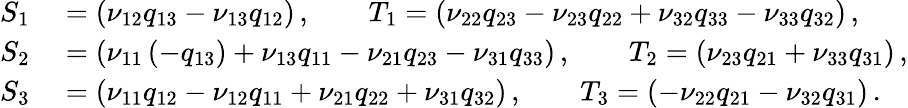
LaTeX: \begin{array}{rl}{S_{1}}&{{}=(\nu_{12}q_{13}-\nu_{13}q_{12})\, ,\qquad T_{1}=(\nu_{22}q_{23}-\nu_{23}q_{22}+\nu_{32}q_{33}-\nu_{33}q_{32})\, ,}\\ {S_{2}}&{{}=(\nu_{11}\left(-q_{13}\right)+\nu_{13}q_{11}-\nu_{21}q_{23}-\nu_{31}q_{33})\, ,\qquad T_{2}=(\nu_{23}q_{21}+\nu_{33}q_{31})\, ,}\\ {S_{3}}&{{}=(\nu_{11}q_{12}-\nu_{12}q_{11}+\nu_{21}q_{22}+\nu_{31}q_{32})\, ,\qquad T_{3}=(-\nu_{22}q_{21}-\nu_{32}q_{31})\, .}\end{array}